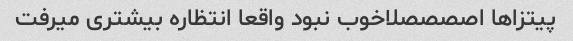
پیتزاها اصصصصلاخوب نبود واقعا انتظاره بیشتری میرفت